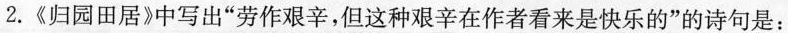
2.《归园田居》中写出”劳作艰辛，但这种艰辛在作者看来是快乐的”的诗句是：